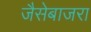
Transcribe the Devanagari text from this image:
जैसेबाजरा